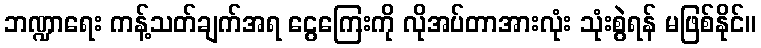
ဘဏ္ဍာရေး ကန့်သတ်ချက်အရ ငွေကြေးကို လိုအပ်တာအားလုံး သုံးစွဲရန် မဖြစ်နိုင်။